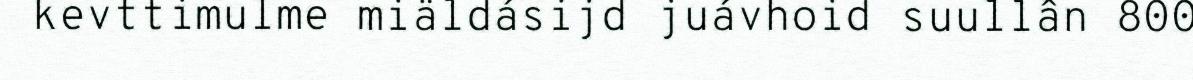
kevttimulme miäldásijd juávhoid suullân 800